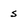
Character: s